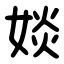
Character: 婒